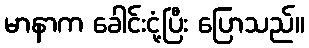
မာနာက ခေါင်းငုံ့ပြီး ပြောသည်။